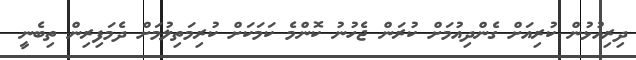
ދިރިއުޅުން ކުރިއަށް ގެންދިއުމަށް ކުރަން ޖެހުނު ކޮންމެ ކަމަކަށް ކުރިމަތިލުމަށް ދެމަފިރިން ތިބެނީ